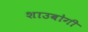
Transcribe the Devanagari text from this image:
शाउबोगी